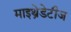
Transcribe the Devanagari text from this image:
माइथ्रेडेटीज